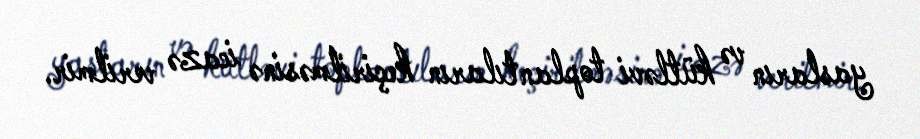
yasların və kütləvi toplantıların keçirilməsinə icazə verilmir.